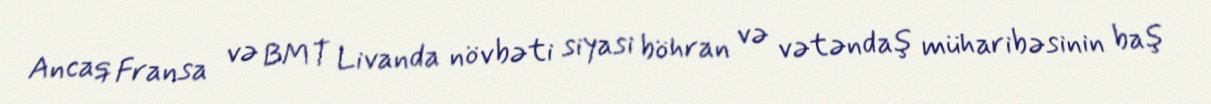
Ancaq Fransa və BMT Livanda növbəti siyasi böhran və vətəndaş müharibəsinin baş